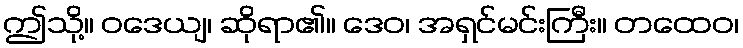
ဤသို့။ ဝဒေယျ၊ ဆိုရာ၏။ ဒေဝ၊ အရှင်မင်းကြီး။ တထေဝ၊